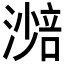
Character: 𣾾